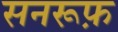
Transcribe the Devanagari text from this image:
सनरूफ़